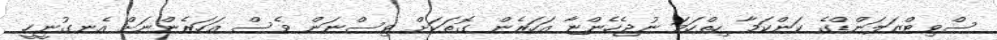
ސްވިޓްޒަލަންޑްގެ ކަންކަމާ ހިތްހަމަ ނުޖެހެންޏާ އަހަރެން ގޮތަކަށް ވިސްނަން ވެސް އަހަރެންނަށް އެނގުނީހީ